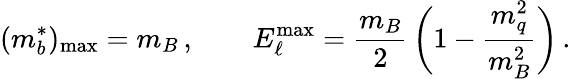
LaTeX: (m_{b}^{*})_{\mathrm{max}}=m_{B}\, ,\qquad E_{\ell}^{\mathrm{max}}={\frac{m_{B}}{2}}\, \bigg(1-{\frac{m_{q}^{2}}{m_{B}^{2}}}\bigg)\, .